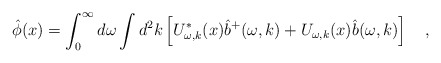
\begin{align*}\hat{\phi}(x)=\int_{0}^{\infty}d\omega\int d^2k\left[U^{*}_{\omega,k}(x)\hat{b}^{+}(\omega,k)+U_{\omega,k}(x)\hat{b}(\omega,k)\right]~~~,\end{align*}